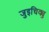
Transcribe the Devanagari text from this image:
जुइचिक्यु